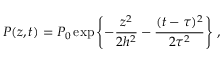
P ( z , t ) = P _ { 0 } \exp \left\{ - \frac { z ^ { 2 } } { 2 h ^ { 2 } } - \frac { ( t - \tau ) ^ { 2 } } { 2 \tau ^ { 2 } } \right\} \, ,